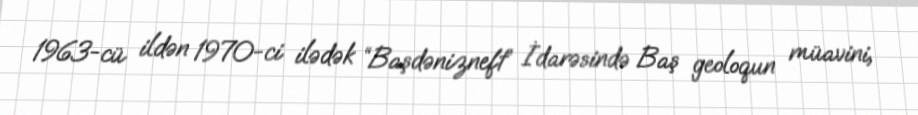
1963-cü ildən 1970-ci ilədək “Başdənizneft” İdarəsində Baş geoloqun müavini,